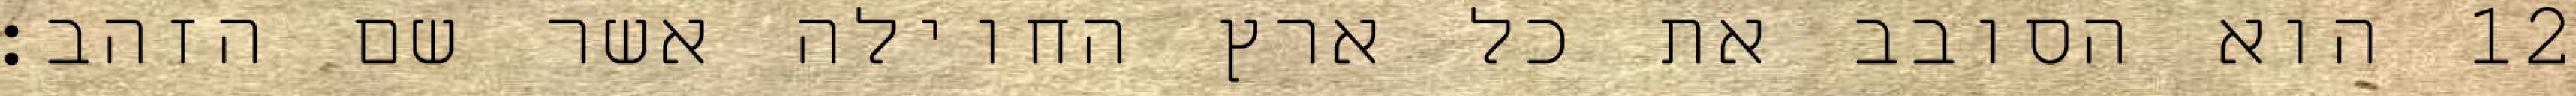
הוא הסובב את כל ארץ החוילה אשר שם הזהב׃ ‎12‏